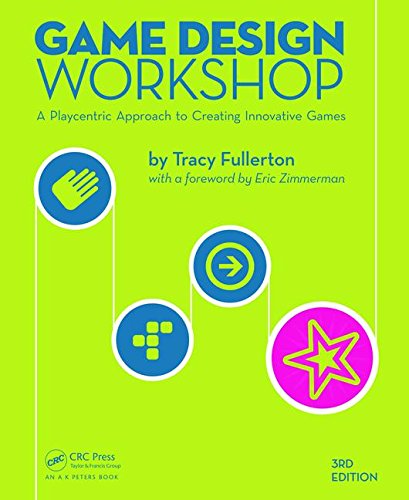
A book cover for Game Design Workshop: A Playcentric Approach to Creating Innovative Games, Third Edition; Tracy Fullerton; Humor & Entertainment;